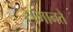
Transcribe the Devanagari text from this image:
समानते